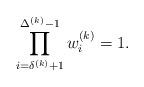
LaTeX: \begin{align*}\prod_{i=\delta ^{(k)}+1}^{\Delta ^{(k)}-1}w_{i}^{(k)}=1.\end{align*}